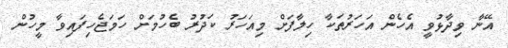
އޭނާ ވިދާޅުވީ އެހެން އަހަރުތަކާ ހިލާފަށް މިއަހަރު ކަދުރު ބެހުމަށް ހަމަޖެހިފައިވާ މީހުން